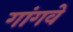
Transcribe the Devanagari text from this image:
गांगवे